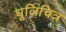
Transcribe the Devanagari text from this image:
धूलिचित्र